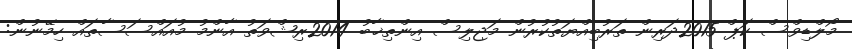
މޯލްޑިވްސް ކަޕް 2015ދަރިން ތަރުބިއްޔަތުކުރުން މަޖިލިސް އިންތިޚާބު 2014ރިޝްވަތު އާންމު މުއައްސަސާތައް ހިމޭނުން: